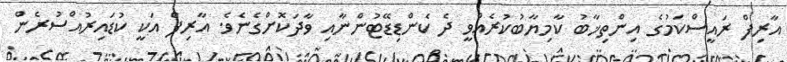
އާރިފް ރައީސްކަމުގެ އިންތިޚާބު ކާމިޔާބުކުރެއްވީ ދެ ކެންޑިޑޭޓުންނާއި ވާދަކޮށްގެނެވެ. އާރިފް އަކީ ކުޑައިރުއްސުރެން